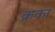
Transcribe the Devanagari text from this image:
क्रका